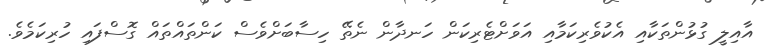
އާއިލީ ގުޅުންތަކާއި އެކުވެރިކަމާއި އަވަށްޓެރިކަން ހަނދާން ނެތޭ ހިސާބަށްވެސް ކަންތައްތައް ގޮސްފައި ހުރިކަމެވެ.